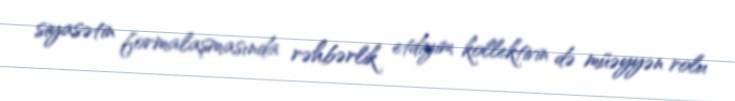
siyasətin formalaşmasında rəhbərlik etdiyim kollektivin də müəyyən rolu